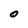
Character: 0